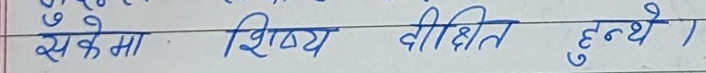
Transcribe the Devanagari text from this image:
सकेमा शिष्य दीक्षित हुन्छे।